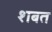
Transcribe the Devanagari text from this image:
शबत